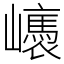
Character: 㠡